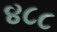
૪૮૮